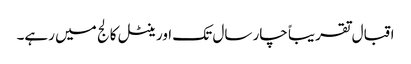
اقبال تقریباً چار سال تک اورینٹل کالج میں رہے۔